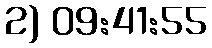
2) 09:41:55